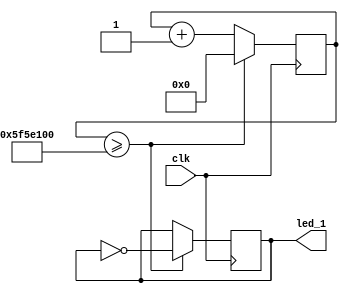
module led_blink(
    input clk,
    output led_1
    );
    
    reg [31:0] counter = 0;
    reg led_1 = 0;
    
    always @(posedge clk)
    begin
        counter <= counter + 1;
        if (counter >= 100000000)
        begin
            led_1 <= ~led_1;
            counter <= 0;
        end
    end
    
endmodule